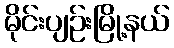
မိုင်းပျဉ်းမြို့နယ်